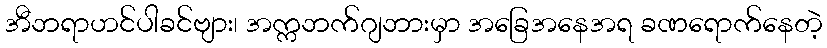
အီဘရာဟင်ပါခင်ဗျား၊ အက္ကဘက်ဂျဘားမှာ အခြေအနေအရ ခဏရောက်နေတဲ့